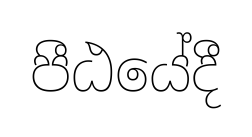
පීඨයේදී